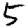
Digit: 5